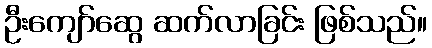
ဦးကျော်ဆွေ ဆက်လာခြင်း ဖြစ်သည်။